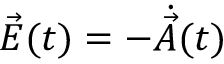
\vec { E } ( t ) = - \dot { \vec { A } } ( t )